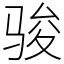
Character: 骏